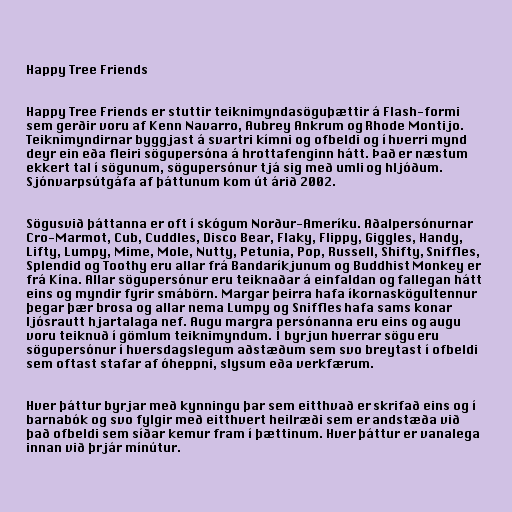
Happy Tree Friends

Happy Tree Friends er stuttir teiknimyndasöguþættir á Flash-formi
sem gerðir voru af Kenn Navarro, Aubrey Ankrum og Rhode Montijo.
Teiknimyndirnar byggjast á svartri kímni og ofbeldi og í hverri mynd
deyr ein eða fleiri sögupersóna á hrottafenginn hátt. Það er næstum
ekkert tal í sögunum, sögupersónur tjá sig með umli og hljóðum.
Sjónvarpsútgáfa af þáttunum kom út árið 2002.

Sögusvið þáttanna er oft í skógum Norður-Ameríku. Aðalpersónurnar
Cro-Marmot, Cub, Cuddles, Disco Bear, Flaky, Flippy, Giggles, Handy,
Lifty, Lumpy, Mime, Mole, Nutty, Petunia, Pop, Russell, Shifty, Sniffles,
Splendid og Toothy eru allar frá Bandaríkjunum og Buddhist Monkey er
frá Kína. Allar sögupersónur eru teiknaðar á einfaldan og fallegan hátt
eins og myndir fyrir smábörn. Margar þeirra hafa íkornaskögultennur
þegar þær brosa og allar nema Lumpy og Sniffles hafa sams konar
ljósrautt hjartalaga nef. Augu margra persónanna eru eins og augu
voru teiknuð í gömlum teiknimyndum. Í byrjun hverrar sögu eru
sögupersónur í hversdagslegum aðstæðum sem svo breytast í ofbeldi
sem oftast stafar af óheppni, slysum eða verkfærum.

Hver þáttur byrjar með kynningu þar sem eitthvað er skrifað eins og í
barnabók og svo fylgir með eitthvert heilræði sem er andstæða við
það ofbeldi sem síðar kemur fram í þættinum. Hver þáttur er vanalega
innan við þrjár mínútur.